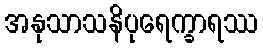
အနုသာသနိပုရေက္ခာရဿ